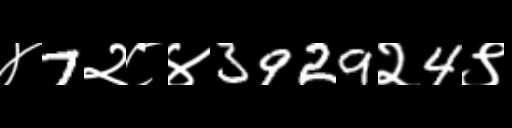
Text: ४7२८४3929२4९